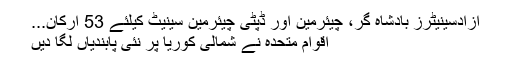
آزادسینیٹرز بادشاہ گر، چیئرمین اور ڈپٹی چیئرمین سینیٹ کیلئے 53 ارکان...
اقوام متحدہ نے شمالی کوریا پر نئی پابندیاں لگا دیں